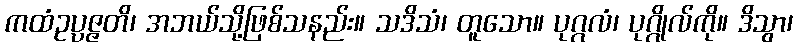
ကထံဥပ္ပဇ္ဇတိ၊ အဘယ်သို့ဖြစ်သနည်း။ သဒိသံ၊ တူသော။ ပုဂ္ဂလံ၊ ပုဂ္ဂိုလ်ကို။ ဒိသွာ၊